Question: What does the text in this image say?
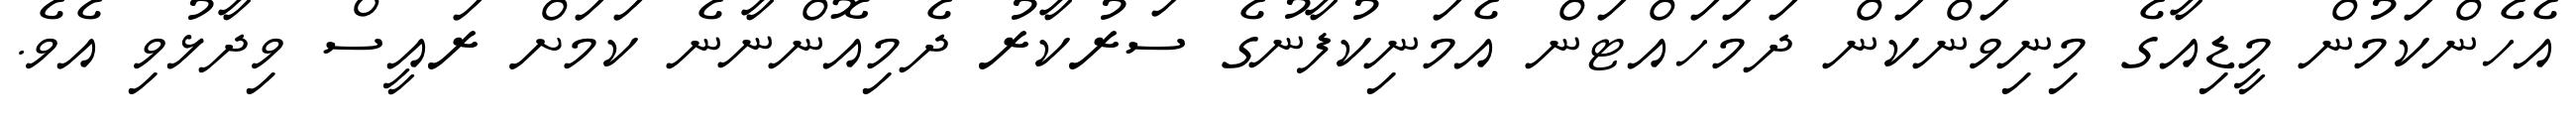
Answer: އެހެންކަމުން މީޑިއާގެ މިނިވަންކަން ދަމަހައްޓަން އެމަނިކުފާނުގެ ސަރުކާރު ދެމިއޮންނާނެ ކަމަށް ރައީސް ވިދާޅުވި އެވެ.